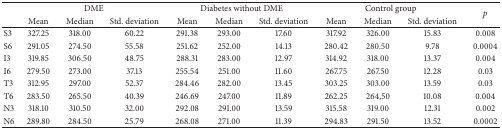
<table><thead><tr><td rowspan="2"><b> </b></td><td colspan="3"><b>DME</b></td><td colspan="3"><b>Diabetes without DME</b></td><td colspan="3"><b>Control group</b></td><td rowspan="2"><b><i>p</i></b></td></tr><tr><td><b>Mean</b></td><td><b>Median </b></td><td><b> Std. deviation</b></td><td><b>Mean </b></td><td><b>Median </b></td><td><b>Std. deviation</b></td><td><b>Mean </b></td><td><b>Median </b></td><td><b>Std. deviation</b></td></tr></thead><tbody><tr><td>S3</td><td>327.25</td><td>318.00</td><td>60.22</td><td>291.38</td><td>293.00</td><td>17.60</td><td>317.92</td><td>326.00</td><td>15.83</td><td>0.008</td></tr><tr><td>S6</td><td>291.05</td><td>274.50</td><td>55.58</td><td>251.62</td><td>252.00</td><td>14.13</td><td>280.42</td><td>280.50</td><td>9.78</td><td>0.0004</td></tr><tr><td>I3</td><td>319.85</td><td>306.50</td><td>48.75</td><td>288.31</td><td>283.00</td><td>12.97</td><td>314.92</td><td>318.00</td><td>13.37</td><td>0.004</td></tr><tr><td>I6</td><td>279.50</td><td>273.00</td><td>37.13</td><td>255.54</td><td>251.00</td><td>11.60</td><td>267.75</td><td>267.50</td><td>12.28</td><td>0.03</td></tr><tr><td>T3</td><td>312.95</td><td>297.00</td><td>52.37</td><td>284.46</td><td>282.00</td><td>13.45</td><td>303.25</td><td>303.00</td><td>13.59</td><td>0.03</td></tr><tr><td>T6</td><td>283.50</td><td>265.50</td><td>40.39</td><td>246.69</td><td>247.00</td><td>11.89</td><td>262.25</td><td>264,50</td><td>10.08</td><td>0.004</td></tr><tr><td>N3</td><td>318.10</td><td>310.50</td><td>32.00</td><td>292.08</td><td>291.00</td><td>13.59</td><td>315.58</td><td>319.00</td><td>12.31</td><td>0.002</td></tr><tr><td>N6</td><td>289.80</td><td>284.50</td><td>25.79</td><td>268.08</td><td>271.00</td><td>11.39</td><td>294.83</td><td>291.50</td><td>13.52</td><td>0.0002</td></tr></tbody></table>